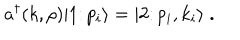
a ^ { \dagger } ( k , \rho ) \vert 1 \colon p _ { i } \rangle = \vert 2 \colon p _ { i } , k _ { i } \rangle \; .